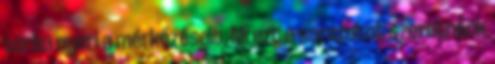
sorba nyeri a mérkőzéseit. Mi ezt a sorozatot szeretnénk